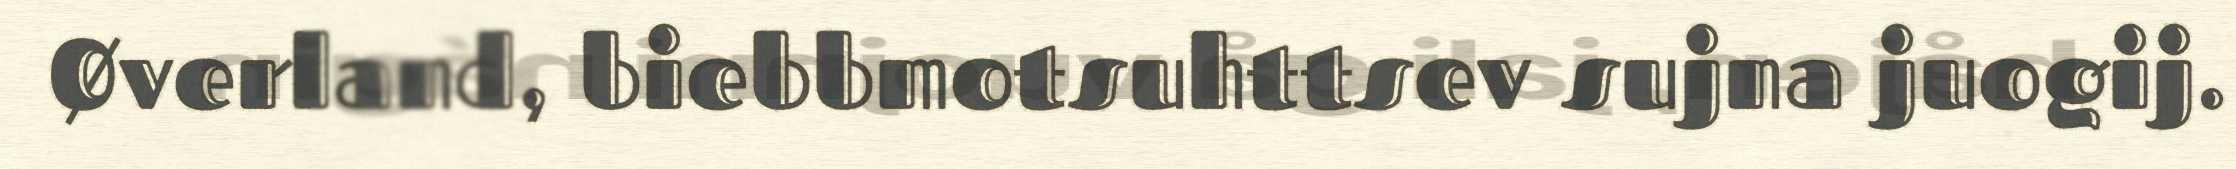
Øverland, biebbmotsuhttsev sujna juogij.